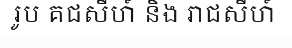
រូប គជសីហ៍ និង រាជសីហ៍